Lunatic asylums Burma 1907-21 - 1907-1921
Year: 1907
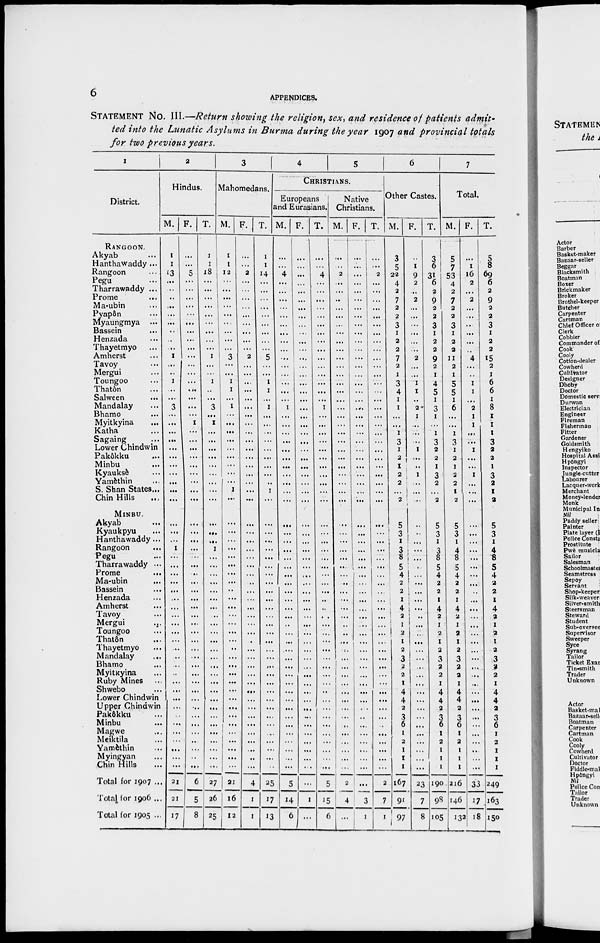
6
APPENDICES.
STATEMENT No. III.—Return showing the religion, sex, and residence of patients admit-
ted into the Lunatic Asylums in Burma during the year 1907 and provincial totals
for two previous years.
1
District.
RANGOON.
Akyab ...
Hanthawaddy ...
Rangoon ...
Pegu ...
Tharrawaddy ...
Prome ...
Ma-ubin ...
Pyapôn ...
Myaungmya ...
Bassein ...
Henzada ...
Thayetmyo ...
Amherst ...
Tavoy ...
Mergui ...
Toungoo ...
Thatôn ...
Salween ...
Mandalay ...
Bhamo ...
Myitkyina ...
Katha ...
Sagaing ...
Lower Chindwin
Pakôkku ...
Minbu ...
Kyauksè ...
Yamèthin ...
S. Shan States...
Chin Hills ...
MINBU.
Akyab ...
Kyaukpyu ...
Hanthawaddy ...
Rangoon ...
Pegu ...
Tharrawaddy ...
Prome
...
Ma-ubin ...
Bassein ...
Henzada ...
Amherst ...
Tavoy ...
Mergui
...
Toungoo ...
Thatôn ...
Thayetmyo ...
Mandalay
...
Bhamo ...
Myitkyina ...
Ruby Mines ...
Shwebo ...
Lower Chindwin
Upper Chindwin
Pakôkku ...
Minbu ...
Magwe ...
Meiktila ...
Yamèthin ...
Myingyan ...
Chin Hills ...
Total for 1907 ...
Total tor 1906 ...
Total for 1905 ...
2
Hindus.
M.
1
1
13
...
...
..
...
...
...
..
...
..
1
...
..
1
..
...
3
...
...
...
...
...
...
...
...
...
...
...
...
...
...
1
....
...
...
...
...
...
...
...
...
...
...
...
...
...
...
...
...
...
...
...
...
...
...
...
...
...
21
21
17
F.
...
...
5
...
...
...
...
...
...
...
...
...
... ...
...
...
...
...
...
...
1
..
...
...
...
...
...
..
...
...
...
...
...
...
...
...
...
...
...
...
...
...
...
...
...
...
...
...
...
...
...
...
...
...
...
...
...
...
...
...
6
5
8
T.
1
1
18
...
...
...
...
...
...
...
...
...
1
...
...
1
..
...
3
..
1
..
...
...
...
...
...
...
...
...
...
...
...
1
...
...
...
....
...
...
...
...
...
...
...
...
...
...
...
...
...
...
...
...
...
...
...
...
...
...
27
26
25
3
Mahomedans.
M.
1
1
12
...
...
...
... ...
...
...
...
...
3
...
...
1
1
... 1
...
...
...
...
...
...
...
...
...
1
...
...
...
...
...
...
...
...
...
...
...
...
...
...
...
...
...
...
...
...
...
...
...
...
...
...
...
...
...
...
...
4
16
12
F.
...
...
2
...
...
...
...
...
...
...
...
...
2
...
...
...
...
...
...
...
...
...
...
...
...
...
...
...
...
...
...
...
...
...
...
...
...
...
...
...
...
...
...
...
...
...
...
...
...
...
...
...
...
...
...
...
...
...
...
...
25
1
1
T.
1
1
14
...
...
...
...
...
...
...
...
...
5
...
...
1
1
...
1
...
...
...
...
...
...
...
...
...
1
...
...
...
...
...
...
...
...
...
...
...
...
...
...
...
...
...
...
...
...
...
...
...
...
...
...
...
...
...
...
...
5
17
13
4
5
CHRISTIANS.
Europeans
and Eurasians.
M.
...
...
4
...
...
...
...
...
...
...
...
...
...
...
...
...
...
...
1
...
...
...
...
...
...
...
...
...
...
...
...
....
...
...
...
...
...
...
...
...
...
...
...
...
...
...
...
...
...
...
...
...
...
...
...
...
...
...
...
...
...
14
6
F.
...
...
...
...
...
...
...
...
...
...
...
...
...
...
...
...
...
...
...
...
...
...
...
...
...
...
...
...
...
...
...
...
...
...
...
...
...
...
...
...
...
...
...
...
...
...
...
...
...
...
...
...
...
...
...
...
...
...
...
...
5
1
...
T.
...
...
4
...
...
...
...
...
...
...
...
...
...
...
...
...
...
...
1
...
...
...
...
...
...
...
...
...
...
...
...
...
...
...
...
...
...
..
...
...
...
...
...
...
...
...
...
...
...
...
...
...
...
...
...
...
...
...
...
...
...
15
6
Native
Christians.
M.
...
..
2
...
...
..
...
...
...
...
...
...
...
...
...
...
...
...
...
...
...
...
...
...
...
...
...
...
...
...
...
...
...
..
...
...
...
...
...
...
...
...
...
...
...
...
...
...
...
...
...
...
...
...
...
...
...
...
...
...
2
4
...
F.
...
...
...
...
...
...
...
...
...
...
...
...
...
...
...
...
...
...
...
...
...
...
...
...
...
...
...
...
...
...
...
...
...
...
...
...
...
...
...
...
...
...
...
...
...
...
...
...
...
...
...
...
...
...
...
...
...
...
...
...
...
3
1
T.
...
...
2
...
...
...
...
...
...
...
...
...
...
...
...
...
...
...
...
...
...
...
...
...
...
..
...
...
...
...
...
...
...
...
...
...
....
...
...
...
...
...
...
...
...
...
..
...
...
...
...
...
...
...
...
...
...
...
...
...
2
7
1
6
Other Castes.
M.
3
5
22
4
2
7
2
2
3
1
2
2
7
2
1
3
4
1
1
...
...
1
3
1
2
1
2
2
...
2
5
3
1
3
8
5
4
2
2
1
4
2
1
2
1
2
3
2
2
1
4
4
2
3
6
1
2
1
1
1
167
91
97
F.
...
1
9
2
..
2
...
...
...
...
...
..
2
...
...
1
1
..
2
1
...
...
...
1
...
...
1
...
...
...
...
...
..
...
8
...
...
...
...
...
...
...
...
...
...
...
...
...
...
...
...
...
...
...
...
...
...
...
...
...
23
7
8
T.
3
6
31
6
2
9
2
2
3
1
2
2
9
2
1
4
5
1
3
1
...
1
3
2
2
1
3
2
...
2
5
3
1
3
...
5
4
2
2
1
4
2
1
2
1
2
3
2
2
1
4
4
2
3
6
1
2
1
1
1
190
98
105
7
Total.
M.
5
7
53
4
2
7
2
2
3
1
2
2
11
2
1
5
5
1
6
...
...
1
3
1
2
1
2
2
1
2
5
3
1
4
8
5
4
2
2
1
4
2
1
2
1
2
3
2
2
1
4
4
2
3
6
1
2
1
1
1
216
146
132
F.
...
1
16
2
...
2
...
...
..
...
...
...
4
...
..
1
1
...
2
1
1
...
...
1
...
...
1
...
...
...
...
...
...
...
...
...
...
...
...
...
...
...
...
...
...
...
...
...
...
...
...
...
...
...
...
...
...
...
...
...
33
17
18
T.
5
8
69
6
2
9
2
2
3
1
2
2
15
2
1
6
6
1
8
1
1
1
3
2
2
1
3
2
1
2
5
3
1
4
8
5
4
2
2
1
4
2
1
2
1
2
3
2
2
1
4
4
2
3
6
1
2
1
1
1
249
163
150